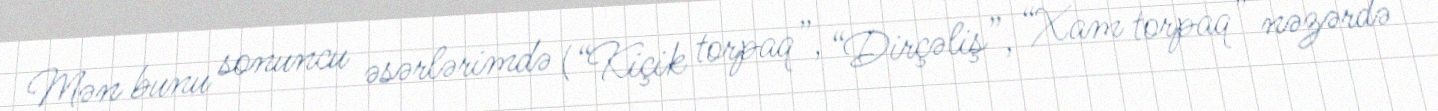
Mən bunu sonuncu əsərlərimdə (“Kiçik torpaq”, “Dirçəliş”, “Xam torpaq” nəzərdə